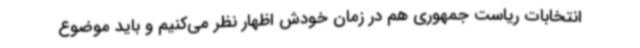
انتخابات ریاست جمهوری هم در زمان خودش اظهار نظر می‌کنیم و باید موضوع